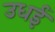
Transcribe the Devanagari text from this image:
उधई